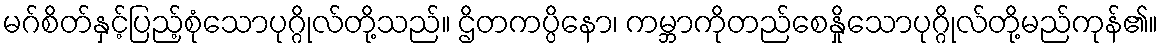
မဂ်စိတ်နှင့်ပြည့်စုံသောပုဂ္ဂိုလ်တို့သည်။ ဌိတကပ္ပိနော၊ ကမ္ဘာကိုတည်စေနှိုသောပုဂ္ဂိုလ်တို့မည်ကုန်၏။